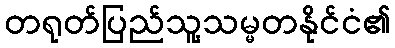
တရုတ်ပြည်သူ့သမ္မတနိုင်ငံ၏